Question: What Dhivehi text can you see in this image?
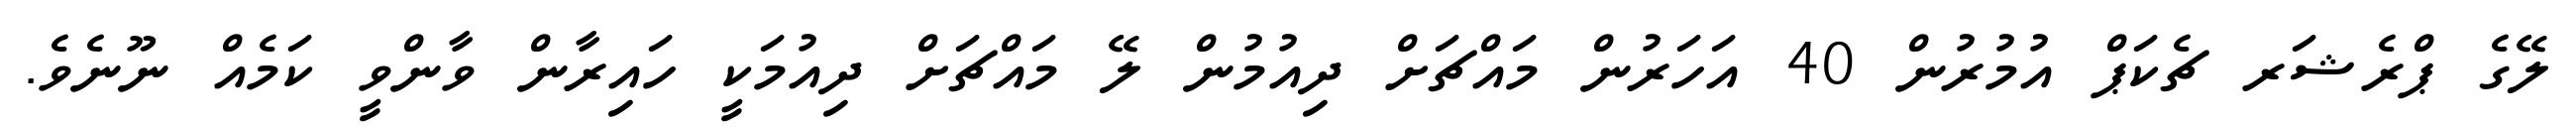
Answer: ލޭގެ ޕްރެޝަރ ޗެކަޕް އުމުރުން 40 އަހަރުން މައްޗަށް ދިއުމުން ލޭ މައްޗަށް ދިއުމަކީ ހައިރާން ވާންވީ ކަމެއް ނޫނެވެ.